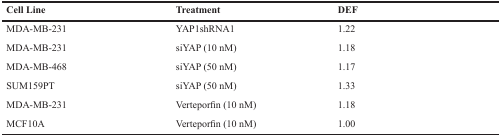
<table><thead><tr><td><b>Cell Line</b></td><td><b>Treatment</b></td><td><b>DEF</b></td></tr></thead><tbody><tr><td>MDA-MB-231</td><td>YAP1shRNA1</td><td>1.22</td></tr><tr><td>MDA-MB-231</td><td>siYAP (10 nM)</td><td>1.18</td></tr><tr><td>MDA-MB-468</td><td>siYAP (50 nM)</td><td>1.17</td></tr><tr><td>SUM159PT</td><td>siYAP (50 nM)</td><td>1.33</td></tr><tr><td>MDA-MB-231</td><td>Verteporfin (10 nM)</td><td>1.18</td></tr><tr><td>MCF10A</td><td>Verteporfin (10 nM)</td><td>1.00</td></tr></tbody></table>